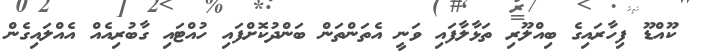
ކޫއްޑޫ ފިހާރައިގެ ބިއްލޫރި ތަޅާލާފައި ވަނީ އެތަންތަން ބަންދުކޮށްފައި ހުއްޓައި ގާބުރިއެއް އެއްލައިގެން